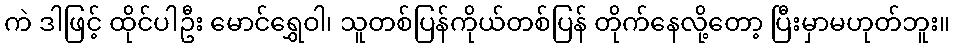
ကဲ ဒါဖြင့် ထိုင်ပါဦး မောင်ရွှေဝါ၊ သူတစ်ပြန်ကိုယ်တစ်ပြန် တိုက်နေလို့တော့ ပြီးမှာမဟုတ်ဘူး။